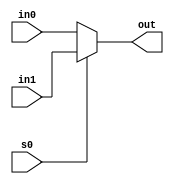


module Mux_2x1 #(parameter W=32) (in0, in1, s0, out);

	input s0;
	input [W-1:0] in0, in1;		
	output reg [W-1:0] out;

	always @ (*)
	begin
		if(s0 == 1) begin
			out = in1;
		end else begin
			out = in0;
		end
	end

endmodule